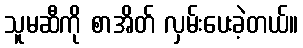
သူမဆီကို စာအိတ် လှမ်းပေးခဲ့တယ်။